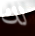
لك